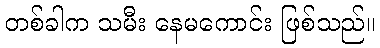
တစ်ခါက သမီး နေမကောင်း ဖြစ်သည်။